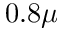
0 . 8 \mu